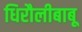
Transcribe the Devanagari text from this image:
धिरौलीबाबू